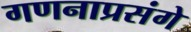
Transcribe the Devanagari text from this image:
गणनाप्रसंगे